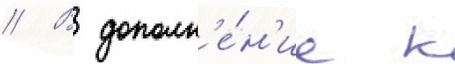
// В дополн'е́н'ие к